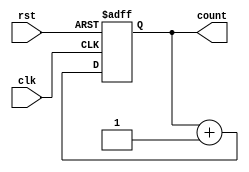
module counter_1(clk,rst,count);

input clk,rst;
output reg [3:0] count;
always @(posedge clk or negedge rst) begin
	if (~rst) begin
		count<=0;
		
	end
	else 
	count<=count+1;
	
end

endmodule

module D_flip(D,rst,clk,Q,Qbar);
input D,rst,clk;
output reg Q;
output Qbar;
assign Qbar=~Q;
always @(posedge clk or negedge rst) begin
	if (~rst) begin
		Q<=0;
		
	end
	else begin
		Q<=D;
	end
	
end

endmodule

module bit4_ripple(clk,rst,out);
input clk,rst;
output [3:0]out;
wire [3:0]q; 
D_flip a1 (out[0],rst,clk,q[0],out[0]);
D_flip a2(out[1],rst,q[0],q[1],out[1]);
D_flip a3(out[2],rst,q[1],q[2],out[2]);
D_flip a4(out[3],rst,q[2],q[3],out[3]);

endmodule